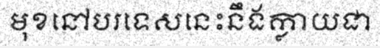
មុខនៅបរទេសនេះនឹងក្លាយជា